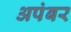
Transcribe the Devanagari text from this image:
अपंबर